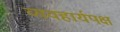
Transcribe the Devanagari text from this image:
व्यवहार्यपक्ष